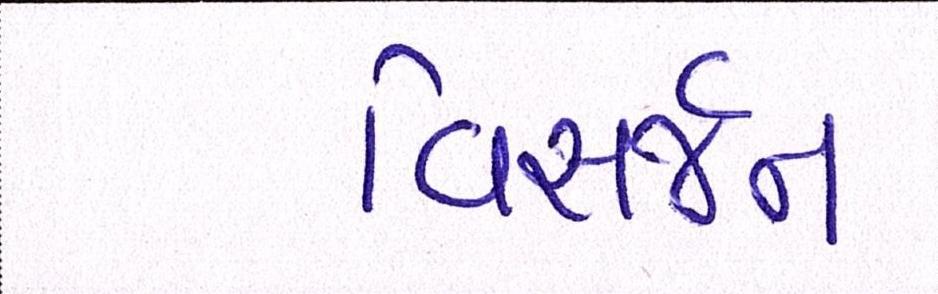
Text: વિસર્જન